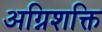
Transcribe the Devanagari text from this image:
अग्निशक्ति